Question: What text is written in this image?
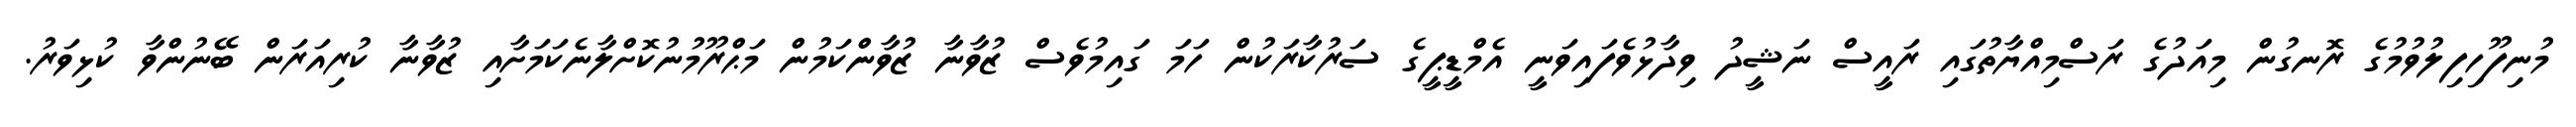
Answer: މުނިފޫހިފިލުވުމުގެ ރޮނގުން މިއަދުގެ ރަސްމިއްޔާތުގައި ރައީސް ނަޝީދު ވިދާޅުވެފައިވަނީ އެމްޑީޕީގެ ސަރުކާރަކުން ހަމަ ގައިމުވެސް ޒުވާނާ ޒުވާންކަމުން މަޙްރޫމުނުކޮށްލާނެކަމަށާއި ޒުވާނާ ކުރިއަރަން ބޭނުންވާ ކުޅިވަރު.